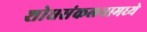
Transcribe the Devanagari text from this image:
शोधसंकलनामध्ये